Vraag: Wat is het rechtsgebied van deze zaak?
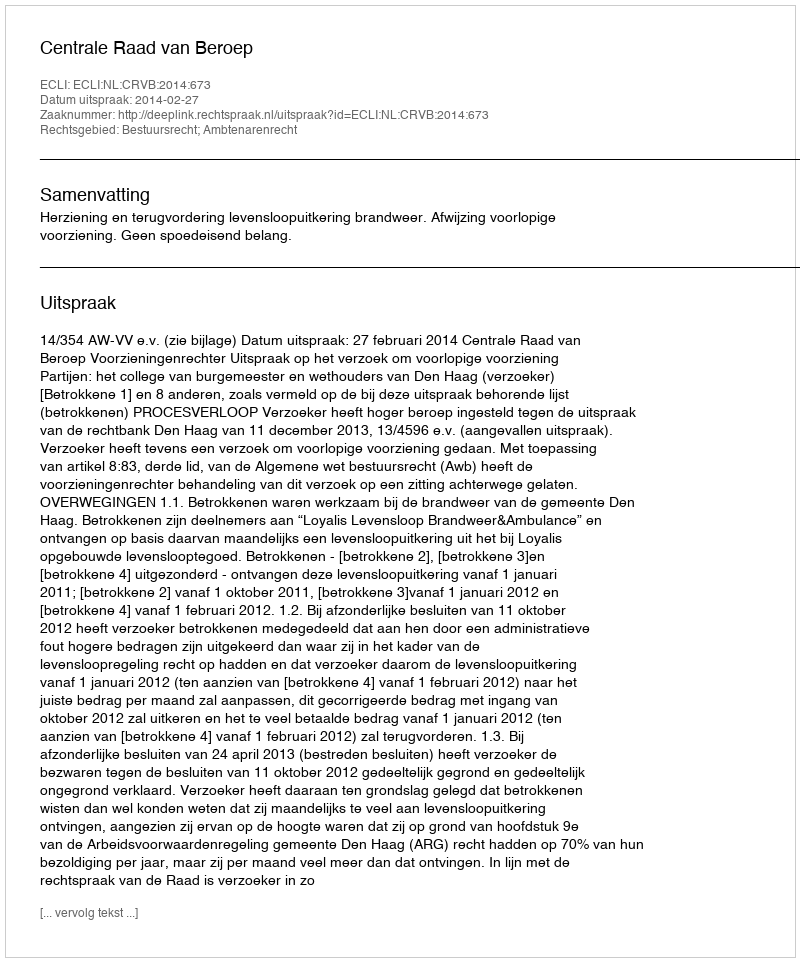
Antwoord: Bestuursrecht; Ambtenarenrecht